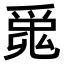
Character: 𤔞